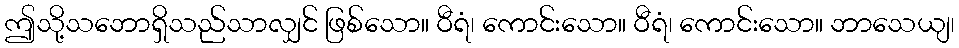
ဤသို့သဘောရှိသည်သာလျှင် ဖြစ်သော။ ဝီရံ၊ ကောင်းသော။ ဝီရံ၊ ကောင်းသော။ ဘာသေယျ၊